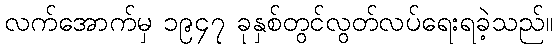
လက်အောက်မှ ၁၉၄၇ ခုနှစ်တွင်လွတ်လပ်ရေးရခဲ့သည်။